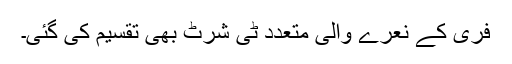
فری کے نعرے والی متعدد ٹی شرٹ بھی تقسیم کی گئی۔